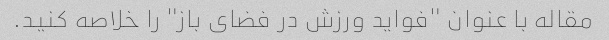
مقاله با عنوان "فواید ورزش در فضای باز" را خلاصه کنید.